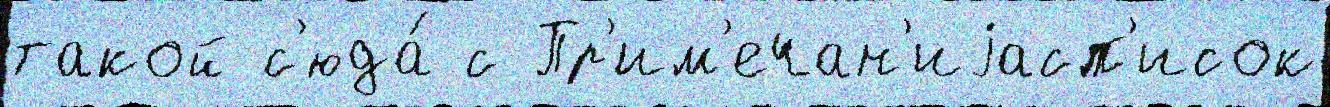
такой с'юда́ с Пр'им'ечан'иjасп'исок